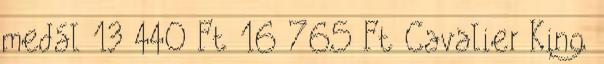
medál 13 440 Ft 16 765 Ft Cavalier King